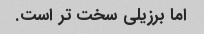
اما برزیلی سخت تر است.